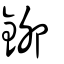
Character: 鉚